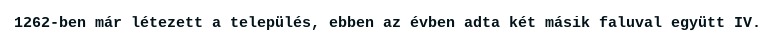
1262-ben már létezett a település, ebben az évben adta két másik faluval együtt IV.